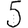
Digit: 5